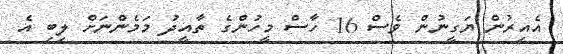
އެއިރުން ޔަގީނުން ވެސް 16 ހާސް މީހުންގެ ތާއީދު މަމެންނަށް ލިބި އެ